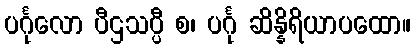
ပင်္ဂုလော ပီဌသပ္ပီ စ၊ ပင်္ဂု ဆိန္နိရိယာပထော။